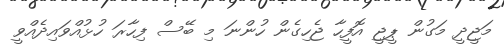
މަޖީދީ މަގުން ޕީޖީ އޮފީހާ ޖެހިގެން ހުންނަ މި ބޭސް ފިހާރަ ހުޅުއްވައިދެއްވީ